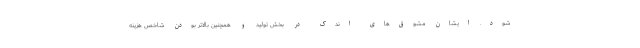
شود. ایشان مشوق‌های اندک در بخش تولید و همچنین بالاتر بودن شاخص هزینه